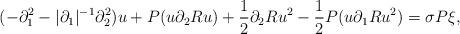
LaTeX: \begin{align*}(-\partial_1^2-|\partial_1|^{-1}\partial_2^2)u+P(u\partial_2Ru)+\frac{1}{2}\partial_2 Ru^2-\frac{1}{2}P(u\partial_1Ru^2)=\sigma P\xi,\end{align*}